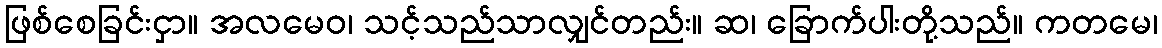
ဖြစ်စေခြင်းငှာ။ အလမေဝ၊ သင့်သည်သာလျှင်တည်း။ ဆ၊ ခြောက်ပါးတို့သည်။ ကတမေ၊